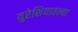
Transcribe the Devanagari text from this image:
युरेशियातल्या